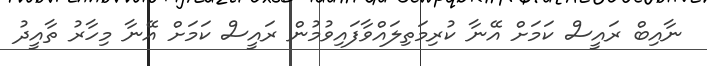
ނާއިބް ރައީސް ކަމަށް އޭނާ ކުރިމަތިލައްވާފައިވުމުން ރައީސް ކަމަށް އޭނާ މިހާރު ތާއީދު